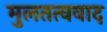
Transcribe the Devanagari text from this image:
मुलतत्ववाद